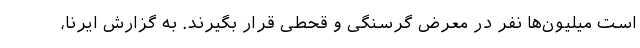
است میلیون‌ها نفر در معرض گرسنگی و قحطی قرار بگیرند. به گزارش ایرنا،